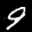
Label: 9